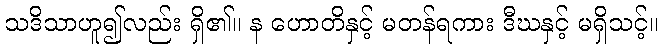
သဒိသာဟူ၍လည်း ရှိ၏။ န ဟောတိနှင့် မတန်ရကား ဒီဃနှင့် မရှိသင့်။